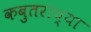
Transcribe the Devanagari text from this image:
कबुतरांच्या